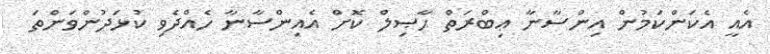
އެއީ އެކަންކަމުން އިންސާނާ ޢިބްރަތް ޙާޞިލް ކޮށް އެއިންސާނާ ހެއްދެވި ކުޅަދުންވަންތަ